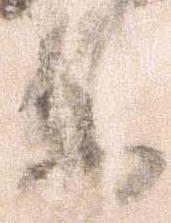
参